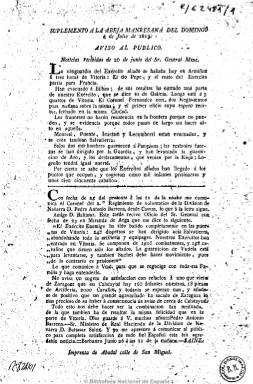
Título: La Abeja manresana
Colección: Periódicos anteriores a 1850
Ámbito geográfico: Barcelona
Lugar de publicación: Manresa
Fechas: 04/07/1813-05/07/1813

Periódico que primero fue bisemanal y después trisemanal y que se publica desde 1813 hasta los primeros meses de 1814, estampado en la imprenta de Ignacio Abadal, de Manresa (Barcelona). De carácter liberal, da noticias militares y políticas de Europa y de la guerra de la independencia española. La BNE cuenta con un suplemento al número de 4 de julio de 1813 y un extraordinario del 5 de julio del mismo año, de una hoja cada ejemplar, procedentes de la colección de Gómez Imaz.